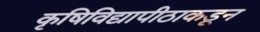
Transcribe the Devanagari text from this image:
कृषिविद्यापीठाकडून